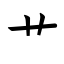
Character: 艹